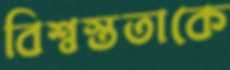
বিশ্বস্ততাকে